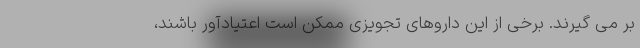
بر می گیرند. برخی از این داروهای تجویزی ممکن است اعتیادآور باشند،